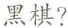
黑棋?